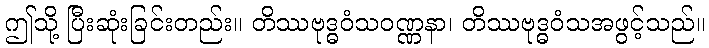
ဤသို့ ပြီးဆုံးခြင်းတည်း။ တိဿဗုဒ္ဓဝံသဝဏ္ဏနာ၊ တိဿဗုဒ္ဓဝံသအဖွင့်သည်။